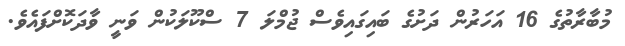
މުބާރާތުގެ 16 އަހަރުން ދަށުގެ ބައިގައިވެސް ޖުމްލަ 7 ސްކޫލަކުން ވަނީ ވާދަކޮށްފައެވެ.